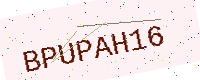
Text: BPUPAH16